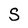
Character: S